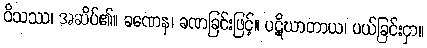
ဝိသဿ၊ အဆိပ်၏။ ခဏေန၊ ခဏခြင်းဖြင့်။ ပဋိဃာတာယ၊ ပယ်ခြင်းငှာ။